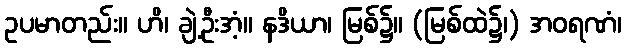
ဥပမာတည်း။ ဟိ၊ ချဲ့ဦးအံ့။ နဒိယာ၊ မြစ်၌။ (မြစ်ထဲ၌၊) အဝရဏံ၊